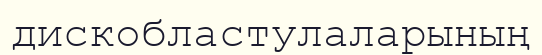
дискобластулаларының